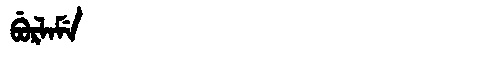
Manchu: ᠪᡠᡵᠯᠠᠮᡝ
Romanization: BURLAME